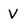
Character: V